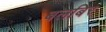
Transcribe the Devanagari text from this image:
बलबिर